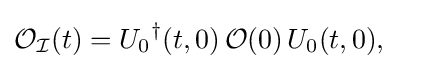
{\begin{aligned}{\mathcal {O_{I}}}(t)&={U_{0}}^{\dagger }(t,0)\,{\mathcal {O}}(0)\,U_{0}(t,0),\end{aligned}}